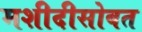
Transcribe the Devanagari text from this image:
मशीदीसोबत